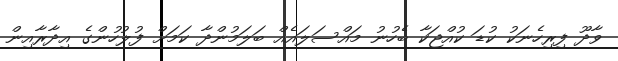
ވާދޫ ފިރިހެނަކު ކުޑަ ކުއްޖަކާ ބެހުނު މައްސަލައެއް ބަލަމުންދާ ކަމަށް ފުލުހުންގެ އިދާރާއިން